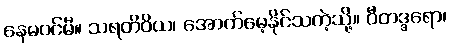
နေမဝင်မီ။ သရတိဝိယ၊ အောက်မေ့နိုင်သကဲ့သို့။ ဝီတဒ္ဒရော၊